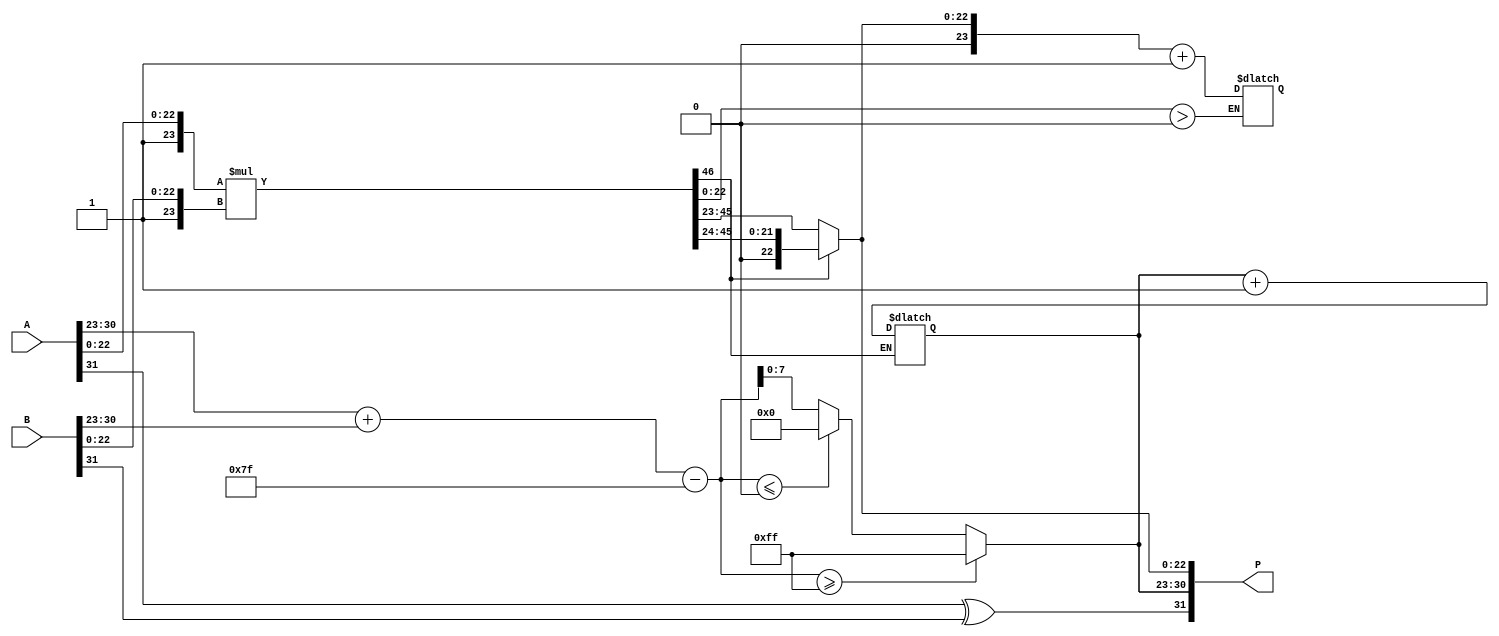
module radix2_fp_multiplier (
    input [31:0] A, // Single precision floating-point number A
    input [31:0] B, // Single precision floating-point number B
    output reg [31:0] P // Output product in floating-point format
);

    // IEEE 754 single precision constants
    localparam SIGN_MASK = 32'h80000000; // Sign bit mask
    localparam EXP_MASK  = 32'h7F800000; // Exponent mask
    localparam MANT_MASK = 32'h007FFFFF; // Mantissa mask
    localparam EXP_BIAS  = 127;          // Bias for single precision
    localparam EXP_WIDTH = 8;            // Exponent width
    localparam MANT_WIDTH = 23;          // Mantissa width

    // Internal signals
    wire signA, signB, signP;
    wire [EXP_WIDTH-1:0] expA, expB, expP;
    wire [MANT_WIDTH-1:0] mantA, mantB, mantP;
    wire [MANT_WIDTH*2:0] mantP_temp; // Temporary for mantissa multiplication
    reg [EXP_WIDTH-1:0] expP_temp;
    reg [MANT_WIDTH:0] mantP_normalized; // Normalized mantissa
    reg [EXP_WIDTH:0] exp_sum; // Sum of exponents

    // Extracting sign, exponent, and mantissa from inputs
    assign signA = A[31];
    assign expA = A[30:23];
    assign mantA = A[22:0];
    
    assign signB = B[31];
    assign expB = B[30:23];
    assign mantB = B[22:0];

    // Calculate the sign of the product
    assign signP = signA ^ signB;

    // Add the exponents and adjust for bias
    always @(*) begin
        exp_sum = (expA + expB) - EXP_BIAS;
        
        // Handle exponent overflow and underflow
        if (exp_sum >= (1 << EXP_WIDTH)-1) begin
            expP_temp = (1 << EXP_WIDTH)-1; // Set to infinity
        end else if (exp_sum <= 0) begin
            expP_temp = 0; // Set to zero
        end else begin
            expP_temp = exp_sum;
        end
    end

    // Mantissa multiplication
    assign mantP_temp = {1'b1, mantA} * {1'b1, mantB}; // Leading 1 for normalization

    // Normalize the mantissa
    always @(*) begin
        if (mantP_temp[MANT_WIDTH*2]) begin
            mantP_normalized = mantP_temp[MANT_WIDTH*2-1:MANT_WIDTH] >> 1; // Shift right
            expP_temp = expP_temp + 1; // Adjust exponent
        end else begin
            mantP_normalized = mantP_temp[MANT_WIDTH*2-1:MANT_WIDTH]; // No shift needed
        end
    end

    // Rounding can be handled here if necessary
    // For simplicity, we round to the nearest here
    always @(*) begin
        // Handle rounding
        if (mantP_temp[MANT_WIDTH-1:0] > 23'd0) begin
            mantP_normalized = mantP_normalized + 1'b1; // Round up
        end
    end

    // Assemble final output
    always @(*) begin
        P = {signP, expP_temp, mantP_normalized[MANT_WIDTH-1:0]};
    end

endmodule